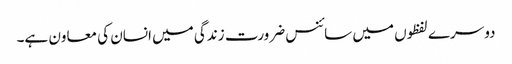
دوسرے لفظوں میں سائنس ضرورت زندگی میں انسان کی معاون ہے۔